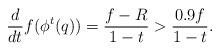
LaTeX: \begin{align*} \frac{d}{dt}f(\phi^t(q))=\frac{f-R}{1-t}>\frac{0.9f}{1-t}. \end{align*}